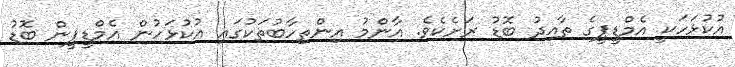
އުކުޅަހަކީ އެމްޑީޕީގެ ތާއިދު ބޮޑު ރަށެކެވެ. އާންމު އިންތިހާބުތަކުގައި އުކުޅަހުން އެމްޑީޕީން ބޮޑު